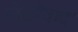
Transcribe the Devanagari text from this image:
टोळीवाद